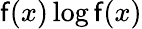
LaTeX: \mathsf{f}(x)\log\mathsf{f}(x)